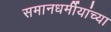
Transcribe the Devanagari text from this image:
समानधर्मीयांच्या